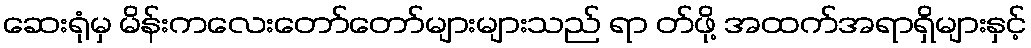
ဆေးရုံမှ မိန်းကလေးတော်တော်များများသည် ရာ တ်ဖို့ အထက်အရာရှိများနှင့်